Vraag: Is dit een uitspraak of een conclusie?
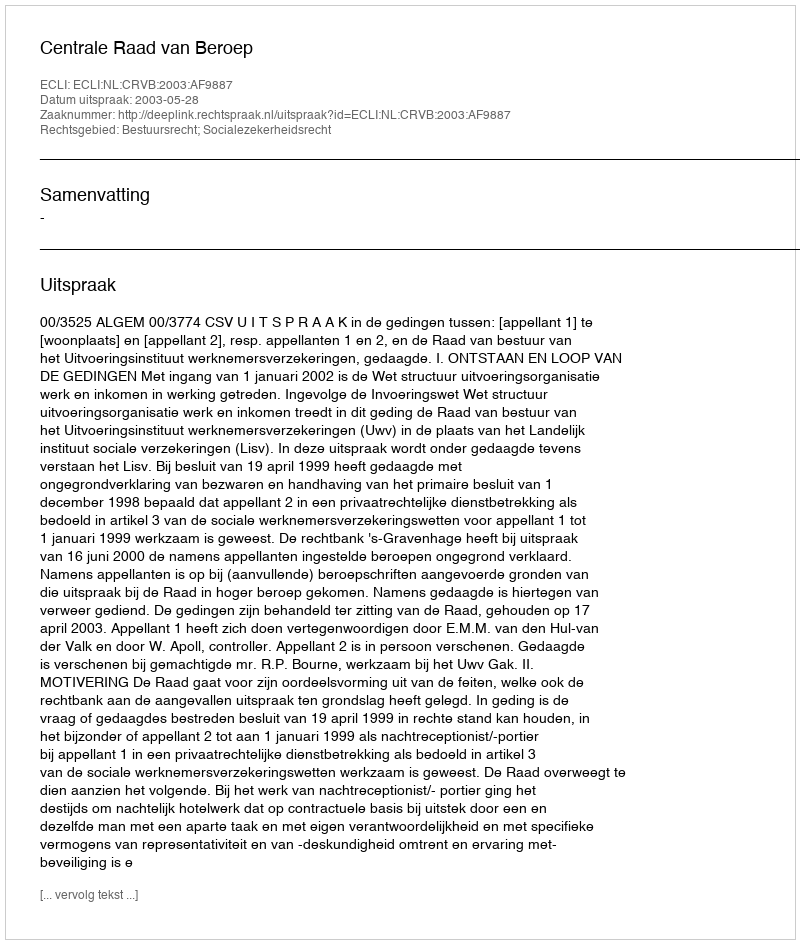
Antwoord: Uitspraak